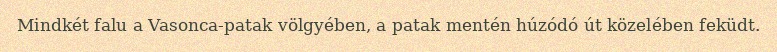
Mindkét falu a Vasonca-patak völgyében, a patak mentén húzódó út közelében feküdt.